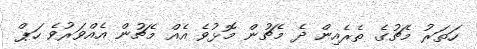
ހަތަރު މެޗުގެ ތެރެއިން ދެ މެޗުން މޮޅުވެ އެއް މެޗުން އެއްވަރުވެ ހަޕް